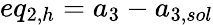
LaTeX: eq_{2,h}={a_{3}}-{a_{3,sol}}